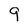
Character: 9